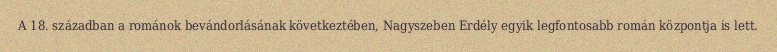
A 18. században a románok bevándorlásának következtében, Nagyszeben Erdély egyik legfontosabb román központja is lett.